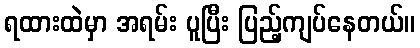
ရထားထဲမှာ အရမ်း ပူပြီး ပြည့်ကျပ်နေတယ်။